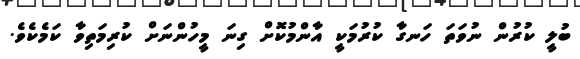
ބުލީ ކުރުން ނުވަތަ ހަނގާ ކުރުމަކީ އާންމުކޮށް ގިނަ މީހުންނަށް ކުރިމަތިވާ ކަމެކެވެ.